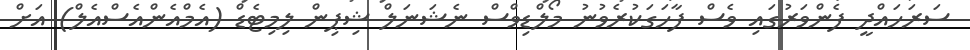
ސަރަހައްދީ ފެންވަރުގައި ވެސް ފާހަގަކުރެވުނު މޯލްޑިވްސް ނެޝަނަލް ޝިޕިން ލިމިޓެޑް (އެމްއެންއެސްއެލް) އަށް